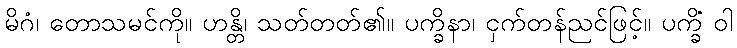
မိဂံ၊ တောသမင်ကို။ ဟန္တိ၊ သတ်တတ်၏။ ပက္ခိနာ၊ ငှက်တန်ညင်ဖြင့်။ ပက္ခိံ ဝါ